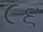
૯૬